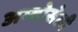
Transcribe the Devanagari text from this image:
अम्बोसेली